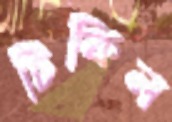
টিকিল